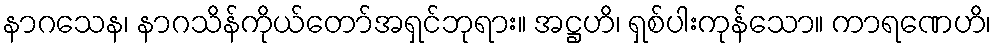
နာဂသေန၊ နာဂသိန်ကိုယ်တော်အရှင်ဘုရား။ အဋ္ဌဟိ၊ ရှစ်ပါးကုန်သော။ ကာရဏေဟိ၊